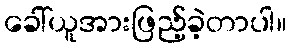
ခေါ်ယူအားဖြည့်ခဲ့တာပါ။